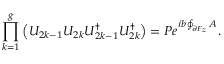
\prod _ { k = 1 } ^ { g } \left( { \cal U } _ { 2 k - 1 } { \cal U } _ { 2 k } { \cal U } _ { 2 k - 1 } ^ { \dagger } { \cal U } _ { 2 k } ^ { \dagger } \right) = P e ^ { i b \oint _ { \partial { \cal F } _ { z } } A } .